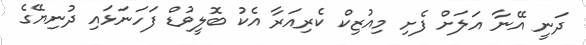
ދަނީ އޭނާ އަލަށް ފެށި މިއުޒިކް ކެރިއަރާ އެކު ބޮލީވުޑް ފަހަނަޅައި ދުނިޔޭގެ